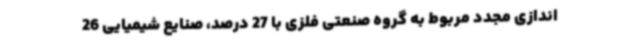
اندازی مجدد مربوط به گروه صنعتی فلزی با 27 درصد، صنایع شیمیایی 26